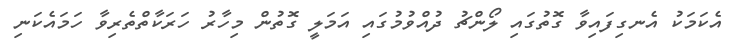
އެކަމަކު އެނގިފައިވާ ގޮތުގައި ލޯންޗު ދުއްވުމުގައި އަމަލީ ގޮތުން މިހާރު ހަރަކާތްތެރިވާ ހަމައެކަނި